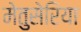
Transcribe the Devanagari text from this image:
मेतुसेरिया